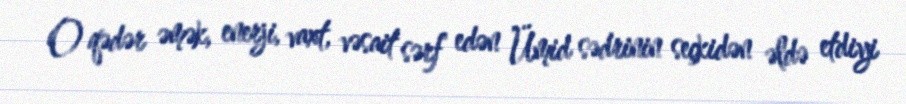
O qədər əmək, enerji, vaxt, vəsait sərf edən Ümid sədrinin seçkidən əldə etdiyi